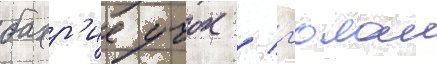
бахр'ие учок / г'юлаи